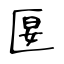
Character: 匽